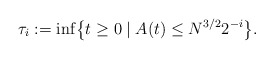
\begin{align*}\tau_i:=\inf \bigl\{t\ge0 \mid A(t)\le N^{3/2}2^{-i}\bigr\}.\end{align*}